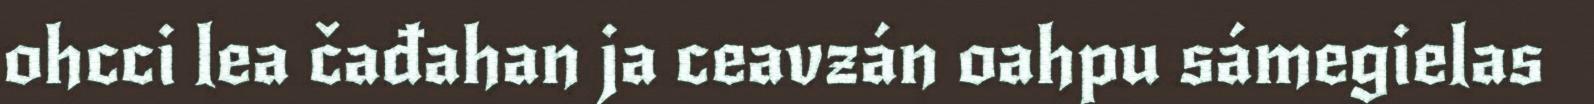
ohcci lea čađahan ja ceavzán oahpu sámegielas